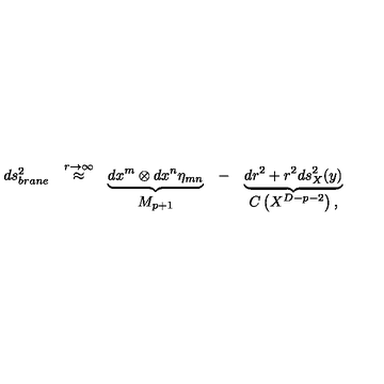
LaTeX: \begin{array} { c c c c c } { d s _ { b r a n e } ^ { 2 } } & { \stackrel { r \to \infty } { \approx } } & { \underbrace { d x ^ { m } \otimes d x ^ { n } \eta _ { m n } } } & { - } & { \underbrace { d r ^ { 2 } + r ^ { 2 } d s _ { X } ^ { 2 } ( y ) } } \\ { \null } & { \null } & { M _ { p + 1 } } & { \null } & { C \left( X ^ { D - p - 2 } \right) , } \\ \end{array}